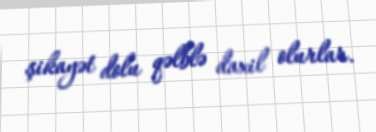
şikayət dolu qəlblə daxil olurlar.